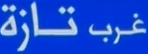
غرب تازة